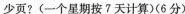
少页?(一个星期按7天计算)(6分)